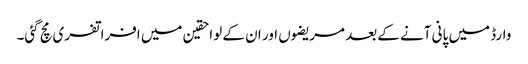
وارڈ میں پانی آنے کے بعد مریضوں اور ان کے لواحقین میں افراتفری مچ گئی۔